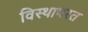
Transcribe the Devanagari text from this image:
विस्थापरत